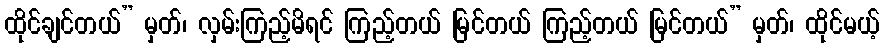
ထိုင်ချင်တယ်” မှတ်၊ လှမ်းကြည့်မိရင် ကြည့်တယ် မြင်တယ် ကြည့်တယ် မြင်တယ်” မှတ်၊ ထိုင်မယ့်